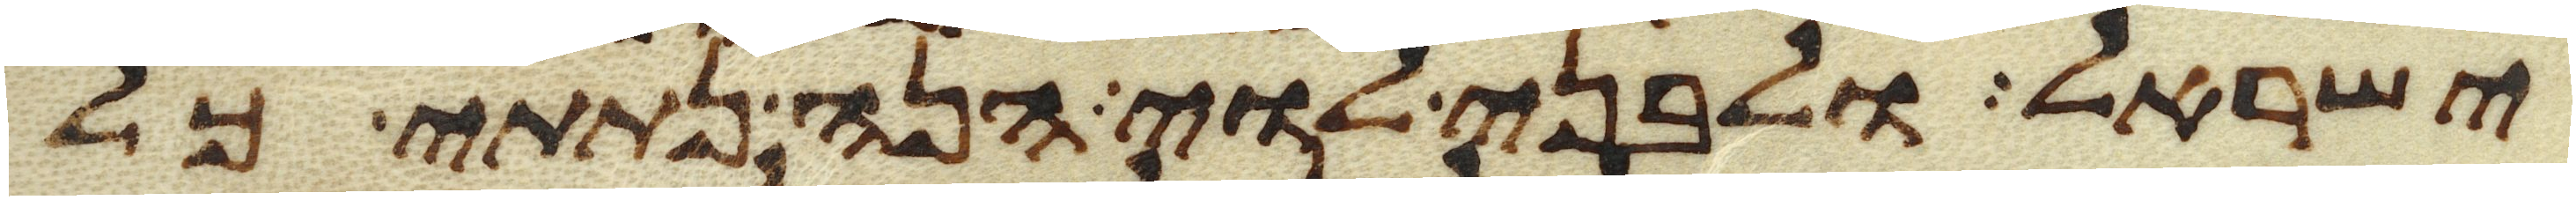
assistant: ישראל ולבני לוי הנה נתתי כל